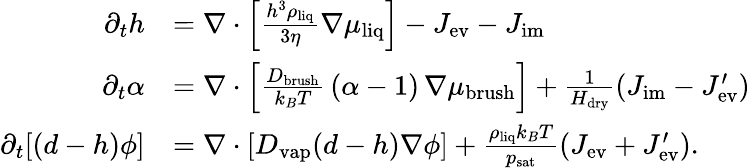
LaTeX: \begin{array}{rl}{\partial_{t}h}&{=\nabla\cdot\left[\frac{h^{3}\rho_{\mathrm{liq}}}{3\eta}\nabla\mu_{\mathrm{liq}}\right]-J_{\mathrm{ev}}-J_{\mathrm{im}}}\\ {\partial_{t}\alpha}&{=\nabla\cdot\left[\frac{D_{\mathrm{brush}}}{k_{B}T}\, (\alpha-1)\, \nabla\mu_{\mathrm{brush}}\right]+\frac{1}{H_{\mathrm{dry}}}(J_{\mathrm{im}}-J_{\mathrm{ev}}^{\prime})}\\ {\partial_{t}[(d-h)\phi]}&{=\nabla\cdot\left[D_{\mathrm{vap}}(d-h)\nabla\phi\right]+\frac{\rho_{\mathrm{liq}}k_{B}T}{p_{\mathrm{sat}}}(J_{\mathrm{ev}}+J_{\mathrm{ev}}^{\prime}).}\end{array}